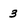
Character: 3